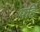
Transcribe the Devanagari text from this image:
पहिं